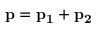
\bf { p } = \bf { p } _ { 1 } + \bf { p } _ { 2 }